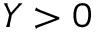
Y > 0